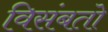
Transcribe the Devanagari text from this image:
विसंबतो